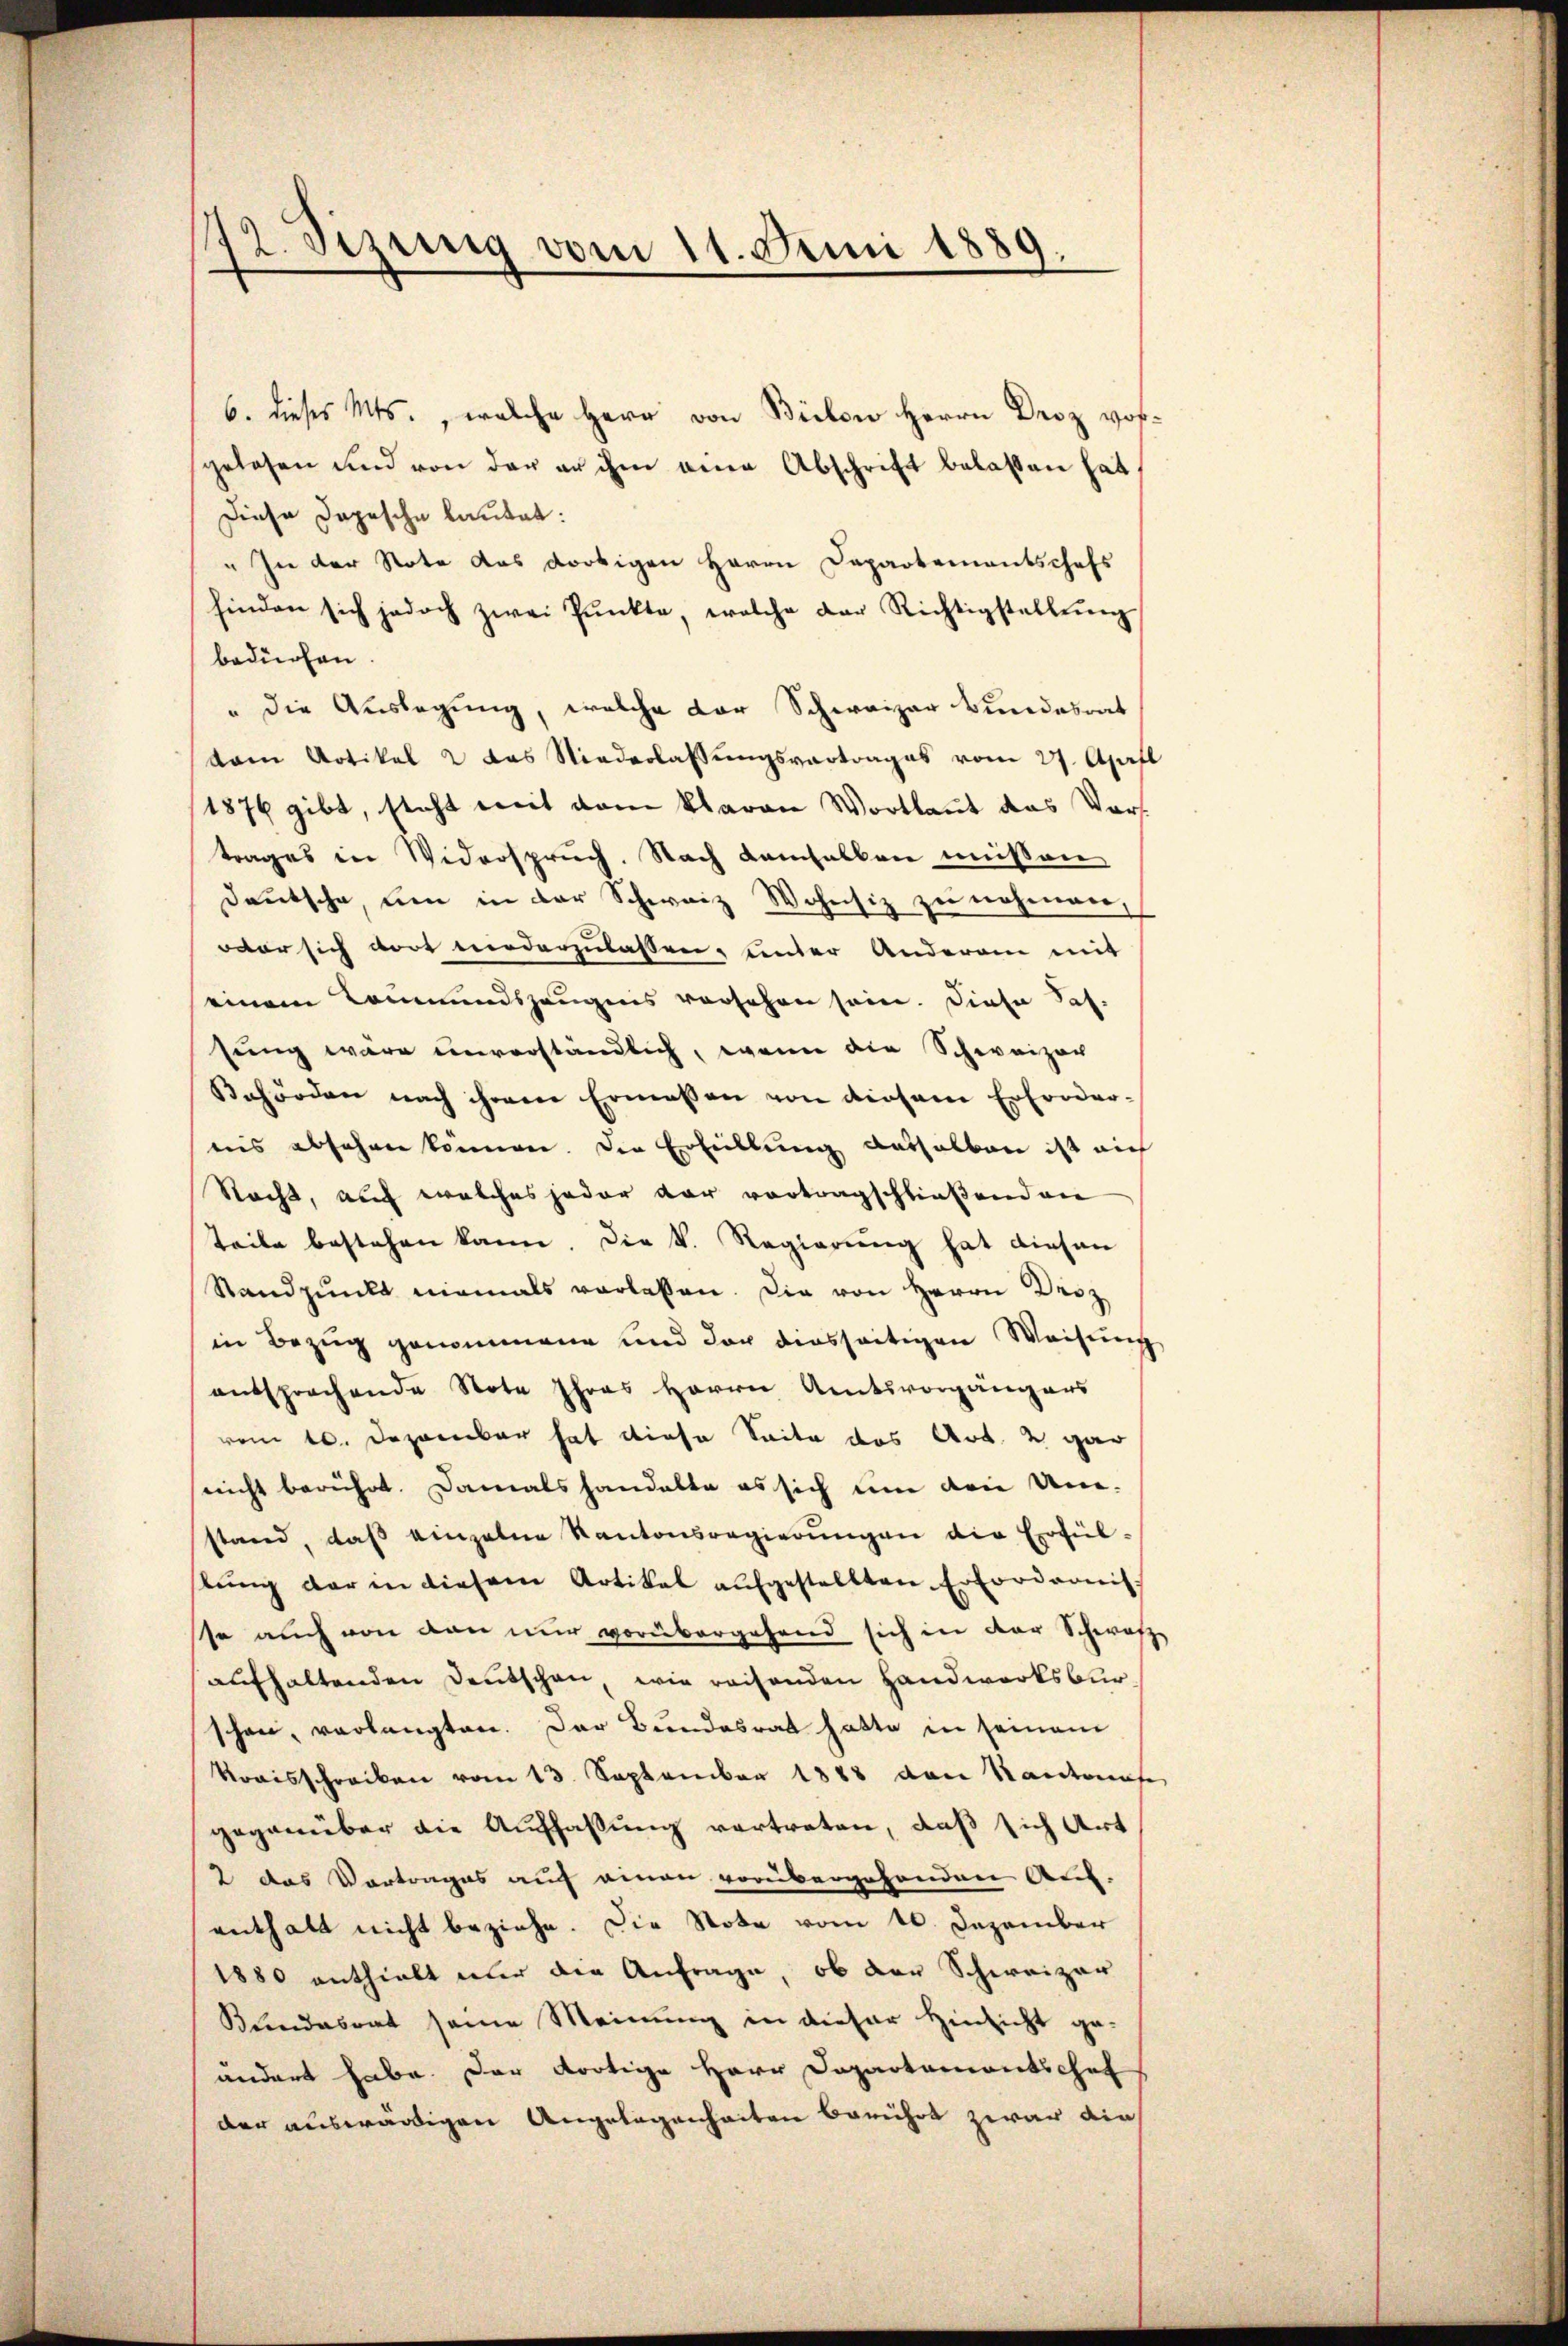
12. Sizung vom 11. Juni 1889.

6. dieses Mts., welche Herr von Bielen Herrn Droz vorgelesen und von der er ihm aner Abschrift belassen hat
Diese Dopische lautet:
" In der Note das dortigen Herrn Departementschefs
hinden sich jedoch zwei Pŭnkte, welche der Richtigstellŭng
bedürfen.
" die Auslegung, welche der Schweizer Bundesrat
vom Artikel 2 das Niederlassŭngsvertrages vom 27. April
1876 gibt, steht mit dem klaren Wortlaut das Vortrages in Widerspruch. Nach demselben müssen
Deutsche, um in der Schweiz Wohnsiz zu nehmen,
war sich dort niederzulassen, unter Anderan mit
einem Kommundszeugnis versehen sein. Diese Saf.
sung wäre unverständlich, wenn die Schweizer
Behörden nach ihrem Ermessen von diesem Erforder-
nis absehen können. Die Erfüllung deshalben ist auch
Nacht, auch welches jeder dar vortragschließenden
teile bestehen kann. Die k. Regierung hat diesen
Standpunkt niemals verlassen. Die von Herrn Droz
in Bezug genommene und doch diesseitigen Weisung
entsprechende Note Ihres Herrn Amtsvorgängers
vom 10. Dezember hat diese Seite das Art. 2 gar
nicht berührt. Damals handelte es sich um den Um-
stand, daß einzelne Kantonsregierungen die Erfülstŭng der in diesem Artikal aŭfgestellten Erfordernis
sse auch von den nur vorübergehend sich in der Schwarze
aufhaltenden Deutschen, wie reisenden Handwerksbur
schon, verlangten. Der Bundesrat hatte in seinem
Kraisschreiben vom 13. September 1888 von Kantonas
gegenüber die Auffassung vertreten, daß sich Art
2 das Vortrages auf einen vorübergehenden Aus-
enthalt nicht beziehe. Die Note vom 10. Dezember
1880 enthielt nur die Anfrage, ob der Schweizer
Bundesrat seine Meinung in dieser Hinsicht ge-
ändert habe. Der dortige Herr Dopartementschaf
der auswärtigen Angelegenheiten berührt zwar die